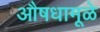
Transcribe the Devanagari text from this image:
औषधामूळे